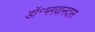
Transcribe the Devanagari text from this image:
डॉ॰भगवानदास